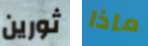
ثورين ماذا